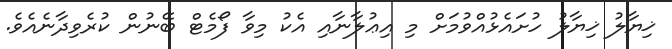
ޚިޔާލު ޚިޔާލު ހުށައެޅުއްވުމަށް މި އިޢުލާނާއި އެކު މިވާ ފޯމެޓް ބޭނުން ކުރެވިދާނެއެވެ.